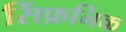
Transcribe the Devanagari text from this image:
सिंफ़निक